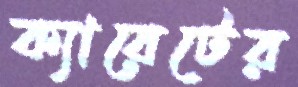
ক্যারেটের